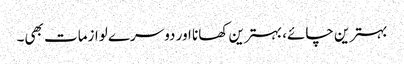
بہترین چائے، بہترین کھانا اور دوسرے لوازمات بھی۔